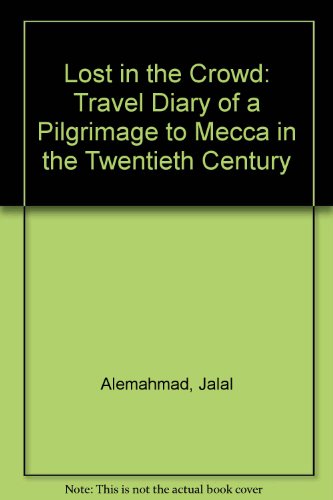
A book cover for Lost in the Crowd; Jalal Ale Ahmad; Religion & Spirituality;